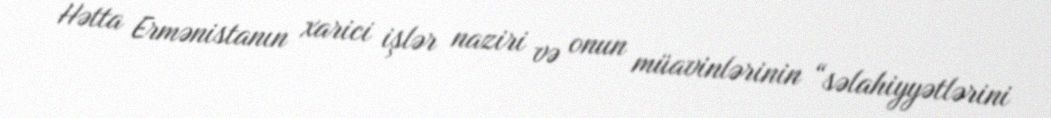
Hətta Ermənistanın xarici işlər naziri və onun müavinlərinin “səlahiyyətlərini